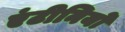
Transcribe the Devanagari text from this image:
एंटीनियो